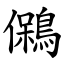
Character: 䳰